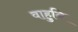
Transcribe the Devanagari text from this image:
वाहुनि